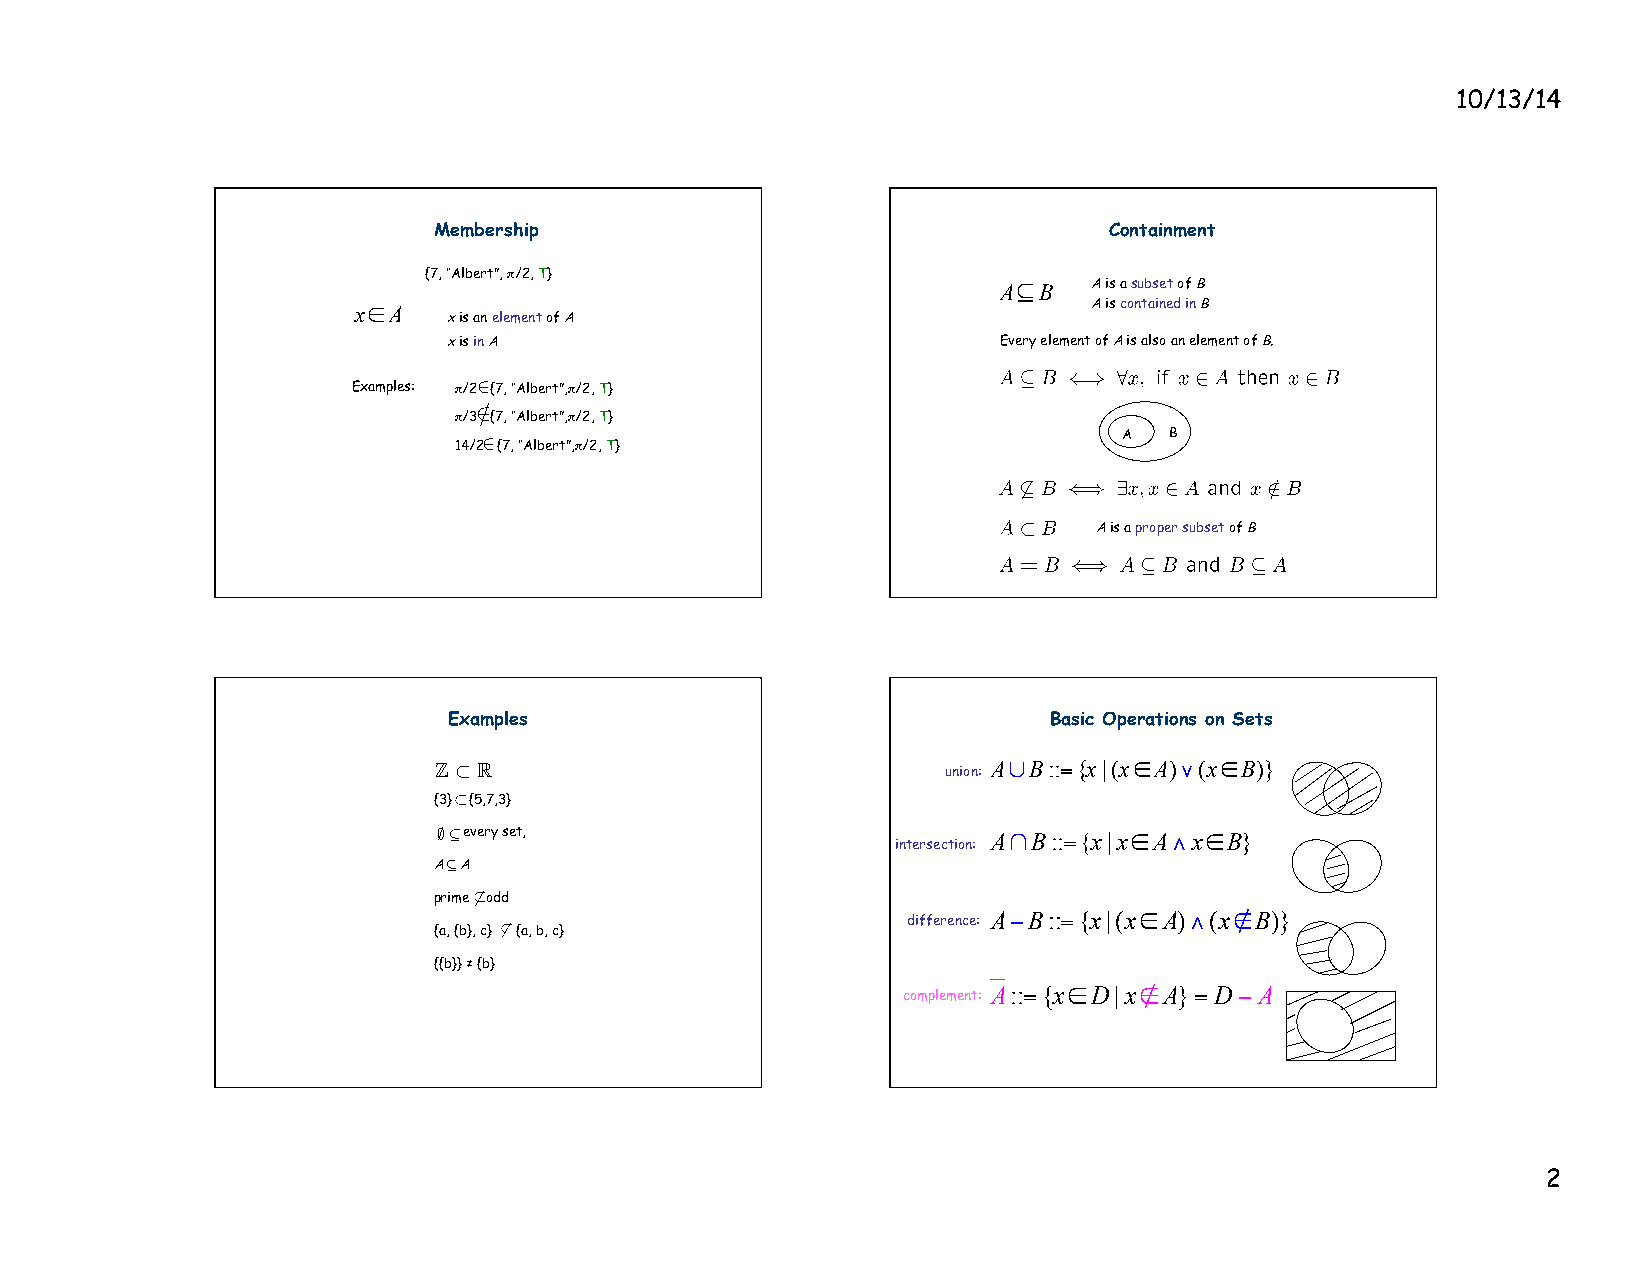
10/13/14
 Membership                                  Containment
 {7, “Albert”, π/2, T}
 A⊆B   A is a subset of B
 x∈A
 x is an element of A
 A is contained in B
 x is in A                            Every element of A is also an element of B.
 Examples: π/2 {7, “Albert”,π/2, T}
 2
 /
 π/3 {7, “Albert”,π/2, T}
 2
 A  B
 14/2 {7, “Albert”,π/2, T}
 2
 A is a proper subset of B
 Examples                               Basic Operations on Sets
 Z  R                              union:
 A∪B::=∈{x|(x A∈)∨(x B)}
 ⇢
 {3} {5,7,3}
 ; ✓
 every set,
 intersection:
 A∩B::=∈{x|x ∈A∧x B}
 A A
 ✓
 prime odd
 difference:
 A−B::={x|(x∈A)∧(x∉B)}
 {a, {b}, c} {a, b, c}
 {{b}} ≠ {b}
 complement:
 A::={x∈=D|x∉A} D−A
 2